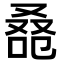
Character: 𠭚